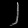
Digit: ၂